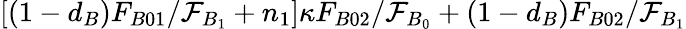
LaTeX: [(1-d_{B})F_{B01}/\mathcal{F}_{B_{1}}+n_{1}]\kappa F_{B02}/\mathcal{F}_{B_{0}}+(1-d_{B})F_{B02}/\mathcal{F}_{B_{1}}